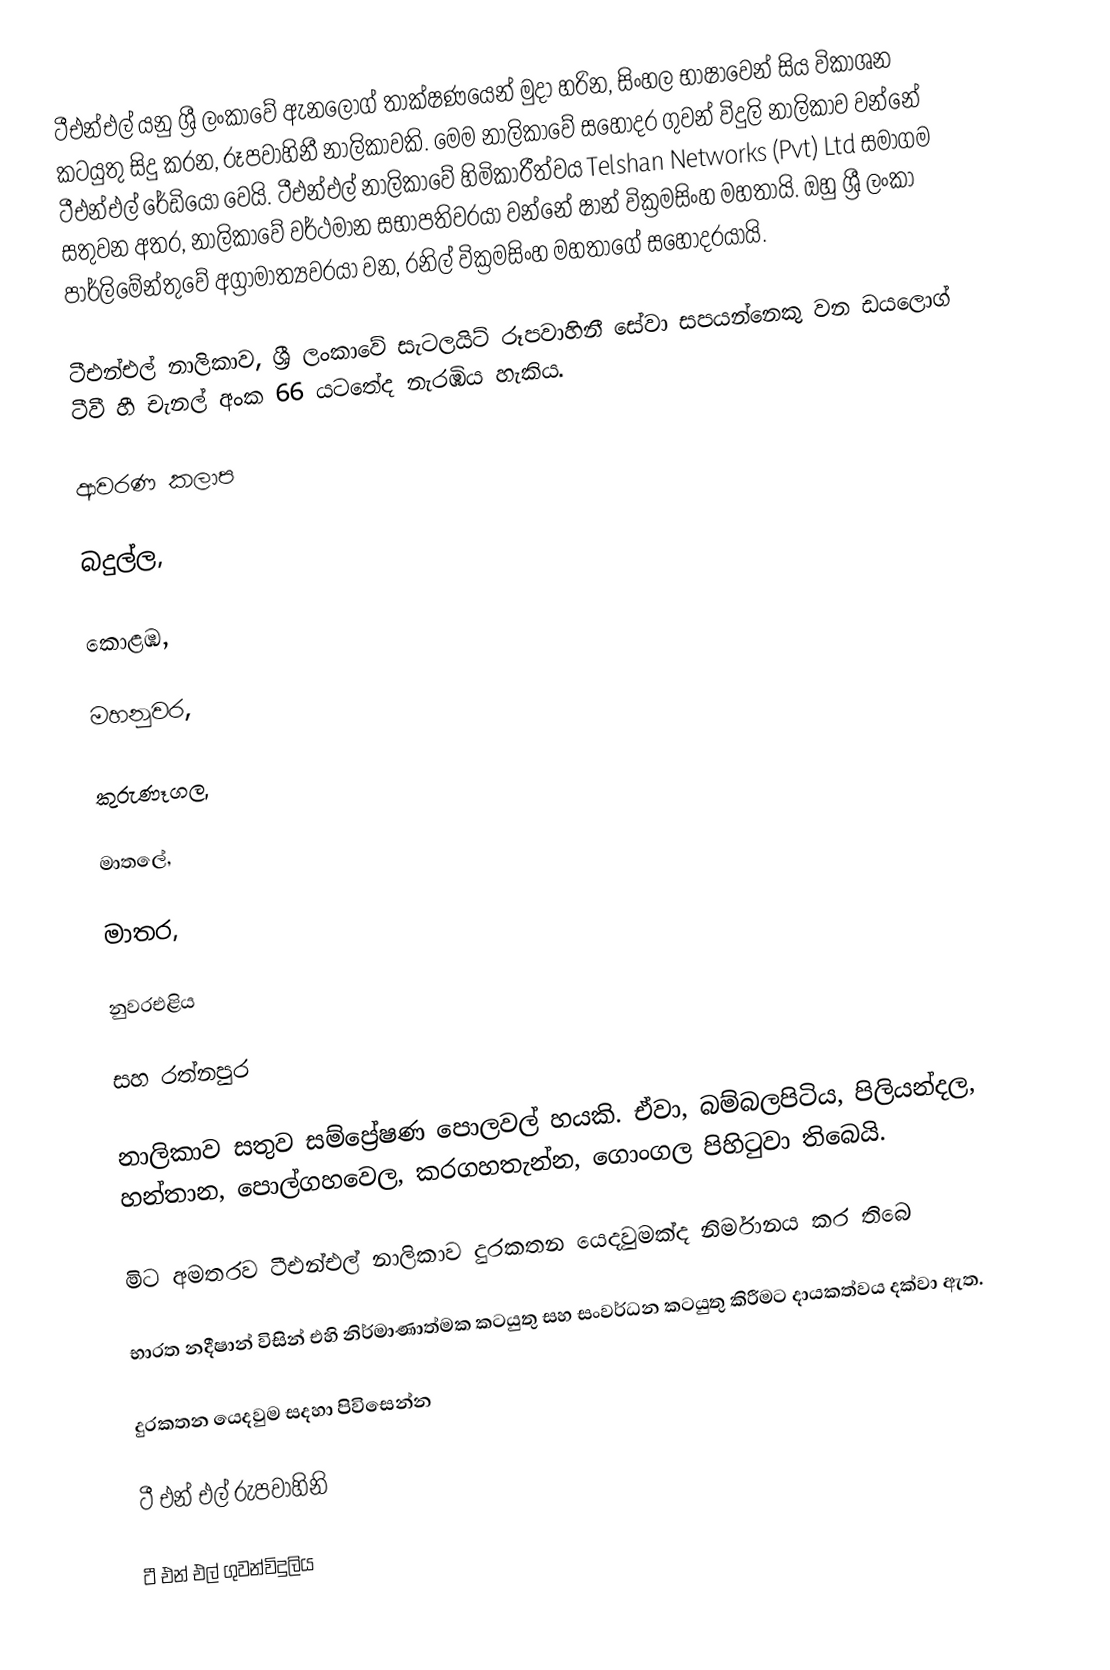
ටීඑන්එල් යනු ශ්‍රී ලංකාවේ ඇනලොග් තාක්ෂණයෙන් මුදා හරින, සිංහල භාෂාවෙන් සිය විකාශන කටයුතු සිදු කරන, රූපවාහිනී නාලිකාවකි. මෙම නාලිකාවේ සහෝදර ගුවන් විදුලි නාලිකාව වන්නේ ටීඑන්එල් රේඩියෝ වෙයි. ටීඑන්එල් නාලිකාවේ හිමිකාරීත්වය Telshan Networks (Pvt) Ltd සමාගම සතුවන අතර, නාලිකාවේ වර්ථමාන සභාපතිවරයා වන්නේ ෂාන් වික්‍රමසිංහ මහතායි. ඔහු ශ්‍රී ලංකා පාර්ලිමේන්තුවේ අග්‍රාමාත්‍යවරයා  වන, රනිල් වික්‍රමසිංහ මහතාගේ සහෝදරයායි.

ටීඑන්එල් නාලිකාව, ශ්‍රී ලංකාවේ සැටලයිට් රූපවාහිනී සේවා සපයන්නෙකු වන ඩයලොග් ටීවී හී චැනල් අංක 66 යටතේද නැරඹිය හැකිය.

ආවරණ කලාප

බදුල්ල,

කොළඹ,

මහනුවර,

කුරුණෑගල,

මාතලේ,

මාතර,

නුවරඑළිය

සහ රත්නපුර

නාලිකාව සතුව සම්ප්‍රේෂණ පොලවල් හයකි. ඒවා, බම්බලපිටිය, පිලියන්දල, හන්තාන, පොල්ගහවෙල, කරගහතැන්න, ගොංගල පිහිටුවා තිබෙයි.

මිට අමතරව ටීඑන්එල් නාලිකාව දුරකතන යෙදවුමක්ද නිර්මානය කර තිබෙ

භාරත නදීෂාන් විසින් එහි නිර්මාණාත්මක කටයුතු සහ සංවර්ධන කටයුතු කිරීමට දායකත්වය දක්වා ඇත.

දුරකතන යෙදවුම සදහා පිවිසෙන්න

ටී එන් එල් රුපවාහිනි

ටී එන් එල් ගුවන්විදුලිය